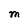
Character: M